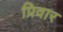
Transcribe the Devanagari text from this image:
प्रिवार